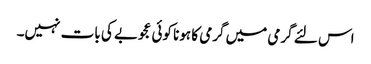
اس لئے گرمی میں گرمی کا ہونا کوئی عجوبے کی بات نہیں۔